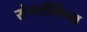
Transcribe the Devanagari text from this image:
संमतीविना